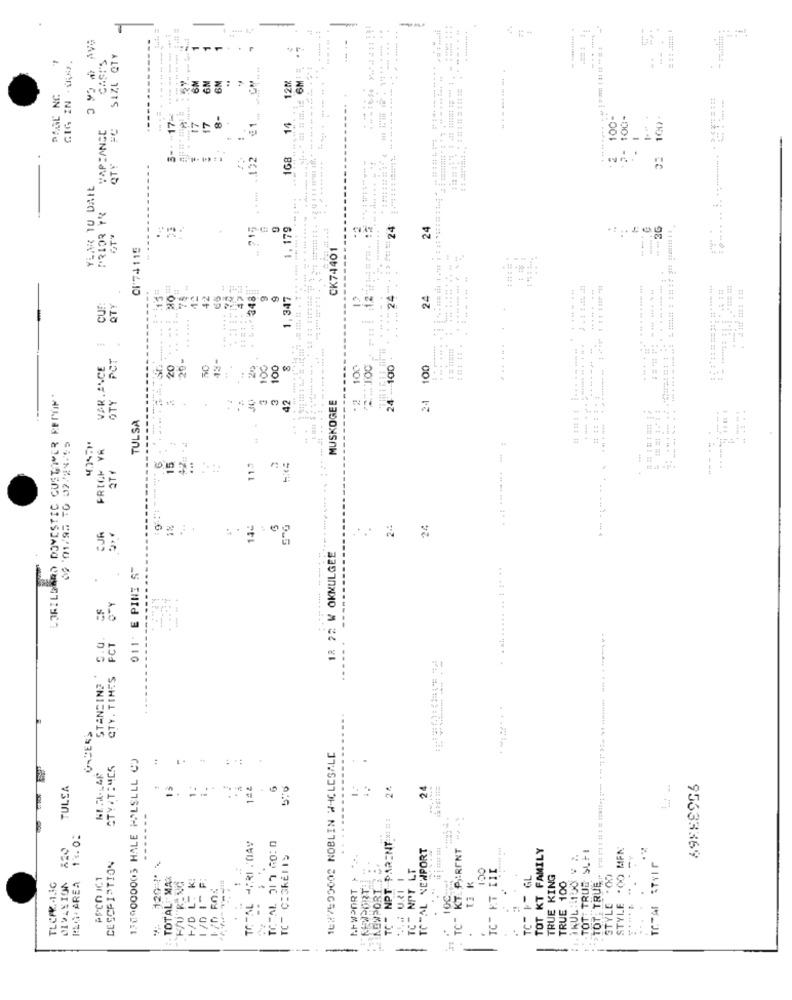
T
4544
. ........ .
........
--...
.
GIG IN -RAJ.
CASI'S
SIZE QTY
-------
F
-
--------
SM
6N
12M
...
3-+ -17-
8-
100-
100-
YAP CANSC
17
14
-
QTY
122
168
YEAR TU DAIL
PRIOR YR
215
1.179
24
24
GT"
CI74115
CK74401
. 1. 348
11
9
9
1,347
12
24
CUF:
QTY
... .
::
PCT
20-
VAR. ANCE
20
50
100
100
100
-.... 100
24 - 100
100
---
LORILEMAD DOMESTIC CUSTOMER REPON'
OTY
30
42
24
MUSKOGEE
-----
..
TULSA
.............
09 01/92 30 02/24-55
FRIGH YA
2TY
11.3
JR
1%
24
12 22 W OKKULGEE
011' E PINE ST
.
FCT
CTY. TIMES
STANDIN?
ULCERS
1509000003 HALE HALSLLL CO
16:7500002 NOBLIN WHICLESALE
CTY . TIMES
:
TULSA
15
1.
142
24
24
TC" NPT PARENT :=!
13.02
220
---
TOTAL -FRIDAY
TOTAL NEWPORT
TC- KT PRINT
TOT KT FAMILY
STYLE .00 MEN
NEWPORT
TOT: TRUE SLFI
DESCRIPTION
95633369
PSCO ICT
* 120 !*
- TOTAL: MAX
1 /D I- F:
..
TC- F GL
TRUE KING
TOT: TRUE
STYLE "00
TLC/K .. 1.IG
DIVANION
H/U"RING
-
NEWPORT
TI K
TRUE 100
c
.
0
-
-
-